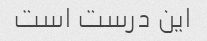
این درست است